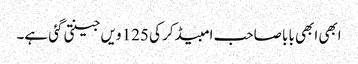
ابھی ابھی بابا صاحب امبیڈکر کی 125 ویں جینتی گئی ہے۔